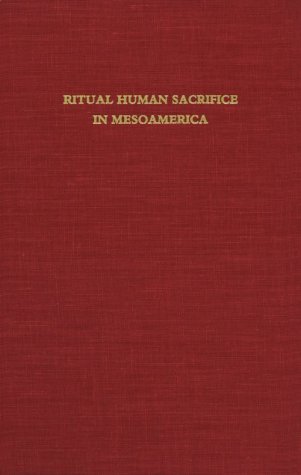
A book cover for Ritual Human Sacrifice in Mesoamerica: A Conference at Dumbarton Oaks, October 13th and 14th, 1979; History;